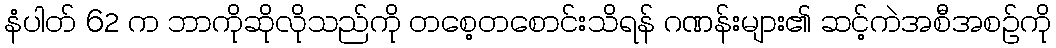
နံပါတ် 62 က ဘာကိုဆိုလိုသည်ကို တစေ့တစောင်းသိရန် ဂဏန်းများ၏ ဆင့်ကဲအစီအစဉ်ကို